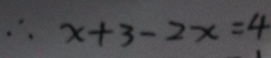
\therefore x + 3 - 2 x = 4